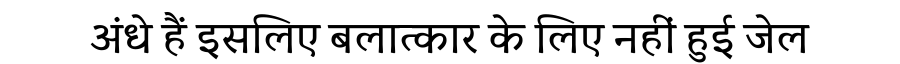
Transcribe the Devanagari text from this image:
अंधे हैं इसलिए बलात्कार के लिए नहीं हुई जेल